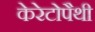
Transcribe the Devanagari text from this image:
केरेटोपैथी